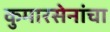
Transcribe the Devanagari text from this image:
कुमारसेनांचा